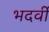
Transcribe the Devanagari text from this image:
भदर्वी